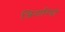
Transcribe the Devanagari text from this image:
जिनारियो